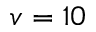
v = 1 0